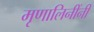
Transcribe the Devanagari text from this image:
मृणालिनींनी